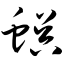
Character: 蜈